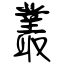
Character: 叢